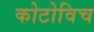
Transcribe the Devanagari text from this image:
कोटोविच